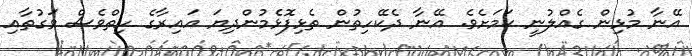
އޭނާ މުޅިން ގެއްލުނީ ކަމަށެވެ. އޭނާ ދެކޭހިތުން ތެޅިފޮޅެމުންދިޔަ އައިރާގެ ހިތްވެސް ވަގުތާއި